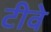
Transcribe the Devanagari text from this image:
टीवे